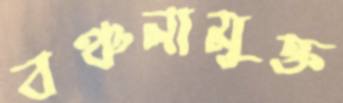
বঞ্চনামুক্ত